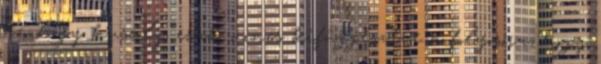
az, hogy kussolj, csak nincs kifüggesztve a folyosóra, hogy